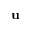
\textbf { u }